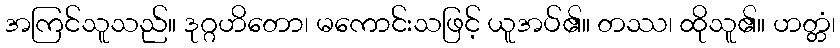
အကြင်သူသည်။ ဒုဂ္ဂဟိတော၊ မကောင်းသဖြင့် ယူအပ်၏။ တဿ၊ ထိုသူ၏။ ဟတ္တံ၊